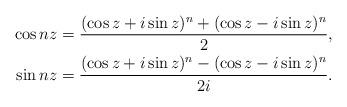
LaTeX: \begin{align*}\begin{aligned}\cos nz= \frac{(\cos z + i \sin z)^n+ (\cos z -i\sin z)^n}{2},\\ \sin nz= \frac{(\cos z + i \sin z)^n- (\cos z -i\sin z)^n}{2i}. \end{aligned}\end{align*}